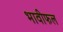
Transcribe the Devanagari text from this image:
भावीफल